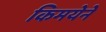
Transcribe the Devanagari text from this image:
किमयेने